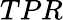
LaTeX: TPR